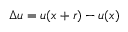
\Delta u = u ( x + r ) - u ( x )